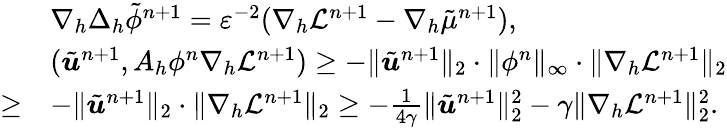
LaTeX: \begin{array}{rl}&{\nabla_{h}\Delta_{h}\tilde{\phi}^{n+1}=\varepsilon^{-2}(\nabla_{h}{\cal L}^{n+1}-\nabla_{h}\tilde{\mu}^{n+1}),}\\ &{(\tilde{\boldsymbol{u}}^{n+1},A_{h}\phi^{n}\nabla_{h}{\cal L}^{n+1})\ge-\| \tilde{\boldsymbol{u}}^{n+1}\| _{2}\cdot\| \phi^{n}\| _{\infty}\cdot\| \nabla_{h}{\cal L}^{n+1}\| _{2}}\\ {\ge}&{-\| \tilde{\boldsymbol{u}}^{n+1}\| _{2}\cdot\| \nabla_{h}{\cal L}^{n+1}\| _{2}\ge-\frac{1}{4\gamma}\| \tilde{\boldsymbol{u}}^{n+1}\| _{2}^{2}-\gamma\| \nabla_{h}{\cal L}^{n+1}\| _{2}^{2}.}\end{array}